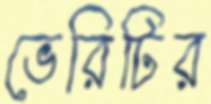
ভেরিটির